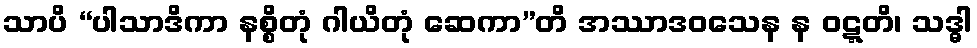
သာပိ “ပါသာဒိကာ နစ္စိတုံ ဂါယိတုံ ဆေကာ”တိ အဿာဒဝသေန န ဝဋ္ဋတိ၊ သဒ္ဓါ